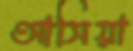
আসিয়া